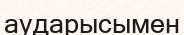
аударысымен